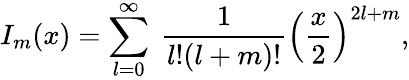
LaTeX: I_{m}(x)=\sum_{l=0}^{\infty}\ \frac{1}{l!(l+m)!}\left(\frac{x}{2}\right)^{2l+m},